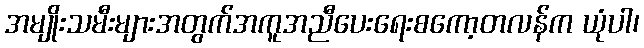
အမျိုးသမီးများအတွက်အကူအညီပေးရေးစကော့တလန်က ယုံပါ၊